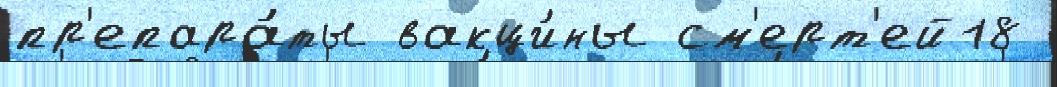
пр'епара́ты вакци́ны см'ерт'ей18